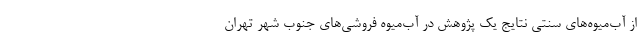
از آب‌میوه‌های سنتی نتایج یک پژوهش در آب‌میوه فروشی‌های جنوب شهر تهران